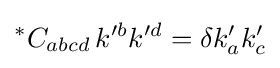
{}^{*}C_{abcd}\,k'^{b}k'^{d}=\delta k'_{a}k'_{c}